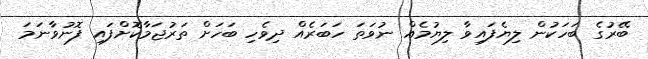
ބޭރުގެ ބަހަކުން ލިޔެފައިވާ ލިޔުމެއް ނުވަތަ ހަބަރެއް ދިވެހި ބަހަށް ތަރުޖަމާކޮށްފައި ފޮނުވާނަމަ